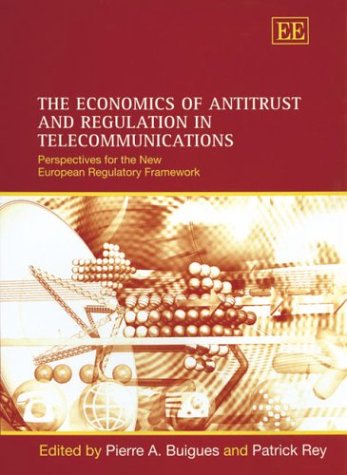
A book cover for The Economics of Antitrust and Regulation in Telecommunications: Perspectives for the New European Regulatory Framework; Engineering & Transportation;